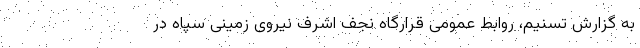
به گزارش تسنیم،‌ روابط عمومی قرارگاه نجف اشرف نیروی زمینی سپاه در